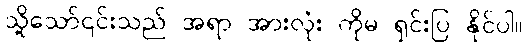
သို့သော်၎င်းသည် အရာ အားလုံး ကိုမ ရှင်းပြ နိုင်ပါ။